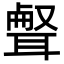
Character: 𦖥